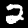
Label: 2